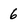
Character: 6